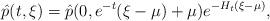
LaTeX: \begin{align*} \hat{p}(t,\xi)=\hat{p}(0,e^{-t}(\xi-\mu)+\mu)e^{-H_t(\xi-\mu)},\end{align*}